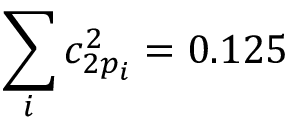
\sum _ { i } c _ { 2 p _ { i } } ^ { 2 } = 0 . 1 2 5